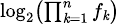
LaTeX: \scriptstyle\log_{2}\left(\prod_{\mathit{k}=1}^{n}f_{\mathit{k}}\right)